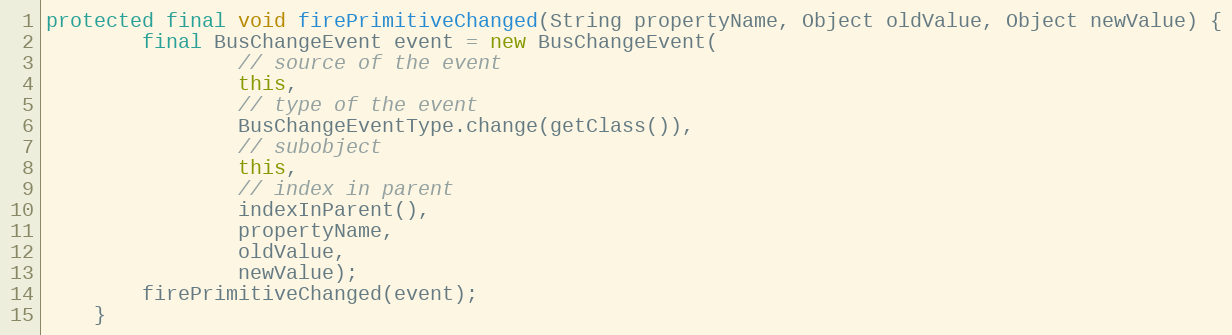
Language: Java
protected final void firePrimitiveChanged(String propertyName, Object oldValue, Object newValue) {
		final BusChangeEvent event = new BusChangeEvent(
				// source of the event
				this,
				// type of the event
				BusChangeEventType.change(getClass()),
				// subobject
				this,
				// index in parent
				indexInParent(),
				propertyName,
				oldValue,
				newValue);
		firePrimitiveChanged(event);
	}